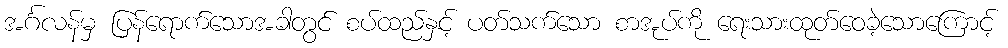
အင်္ဂလန်မှ ပြန်ရောက်သောအခါတွင် စပ်ထည်နှင့် ပတ်သက်သော စာအုပ်ကို ရေးသားထုတ်ဝေခဲ့သောကြောင့်